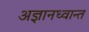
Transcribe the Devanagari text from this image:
अज्ञानध्वान्त